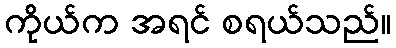
ကိုယ်က အရင် စရယ်သည်။